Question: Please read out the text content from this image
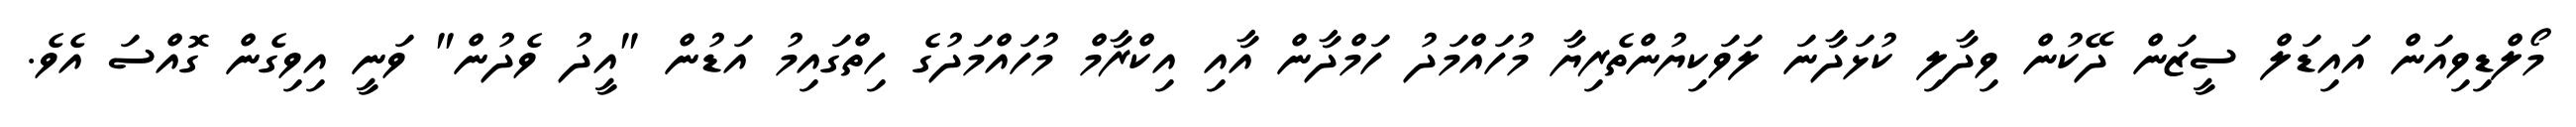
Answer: މޯލްޑިވިއަން އައިޑަލް ސީޒަން ދޭކުން ވިދާލި ކުޅަދާނަ ލަވަކިޔުންތެރިޔާ މުހައްމަދު ހަމްދާން އާއި އިކްރާމް މުހައްމަދުގެ ހިތްގައިމު އަޑުން "އީދު ވެދުން" ވަނީ އިވިގެން ގޮއްސަ އެވެ.